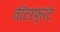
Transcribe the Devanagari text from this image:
वाॅटरफ़्रंट